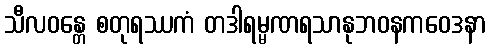
သီလဝန္တေ စတုရဿကံ တဒါရမ္မဏရသာနုဘဝနကဝေဒနာ